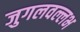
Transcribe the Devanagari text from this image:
जुगलवल्लभ